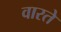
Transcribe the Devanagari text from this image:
वारते